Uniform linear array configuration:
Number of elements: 12
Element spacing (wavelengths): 1
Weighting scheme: kaiser
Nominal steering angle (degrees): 15
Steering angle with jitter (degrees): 15.287
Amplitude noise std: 0.05
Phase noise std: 0.05

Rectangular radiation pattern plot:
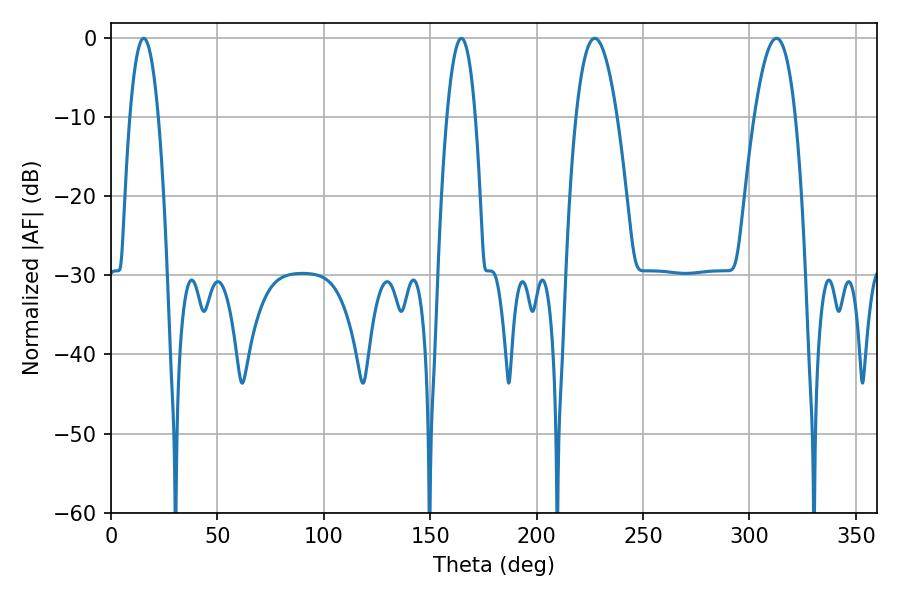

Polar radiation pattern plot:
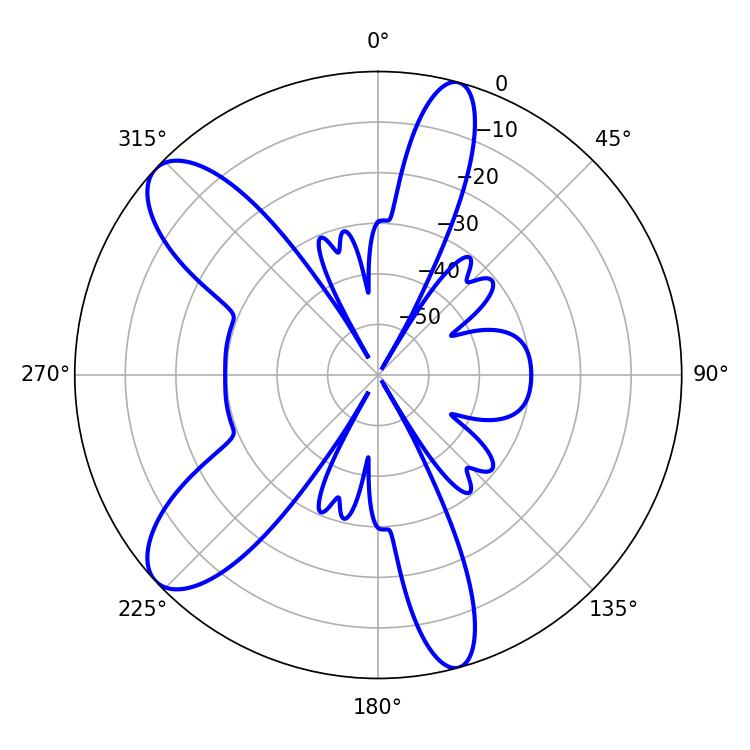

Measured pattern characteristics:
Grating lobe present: TRUE
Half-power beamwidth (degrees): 10.62
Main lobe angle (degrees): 227.34